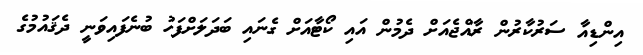
އިންޑިއާ ސަރުކާރުން ރާއްޖެއަށް ދެމުން އައި ކޯޓާއަށް ގެނައި ބަދަލަށްފަހު ބުނެފައިވަނީ ދެޤައުމުގެ